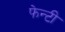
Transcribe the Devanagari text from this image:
फेन्टी